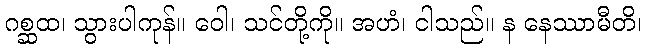
ဂစ္ဆထ၊ သွားပါကုန်။ ဝေါ၊ သင်တို့ကို။ အဟံ၊ ငါသည်။ န နေဿာမီတိ၊